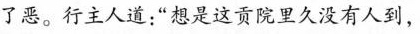
了恶。行主人道：”想是这贡院里久没有人到，